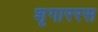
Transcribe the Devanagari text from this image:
शृगाररस